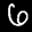
Digit: 6